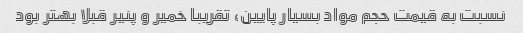
نسبت به قیمت حجم مواد بسیار پایین، تقریبا خمیر و پنیر قبلا بهتر بود